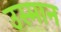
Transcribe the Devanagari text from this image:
उस्‍मान